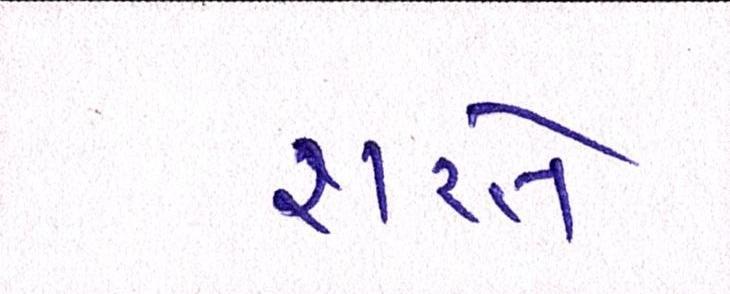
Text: શરતે